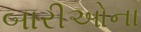
બારીઓના